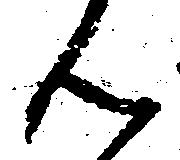
ん